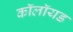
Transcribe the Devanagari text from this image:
कॉलॉयड